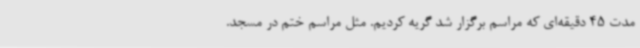
مدت 45 دقیقه‌ای که مراسم برگزار شد گریه کردیم. مثل مراسم ختم در مسجد.